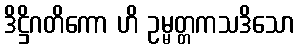
ဒိဋ္ဌိဂတိကော ဟိ ဥမ္မတ္တကသဒိသော